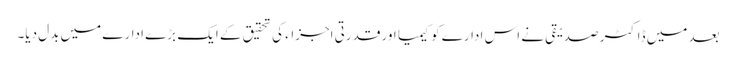
بعد میں ڈاکٹر صدیقی نے اس ادارے کو کیمیا اور قدرتی اجزاء کی تحقیق کے ایک بڑے ادارے میں بدل دیا۔